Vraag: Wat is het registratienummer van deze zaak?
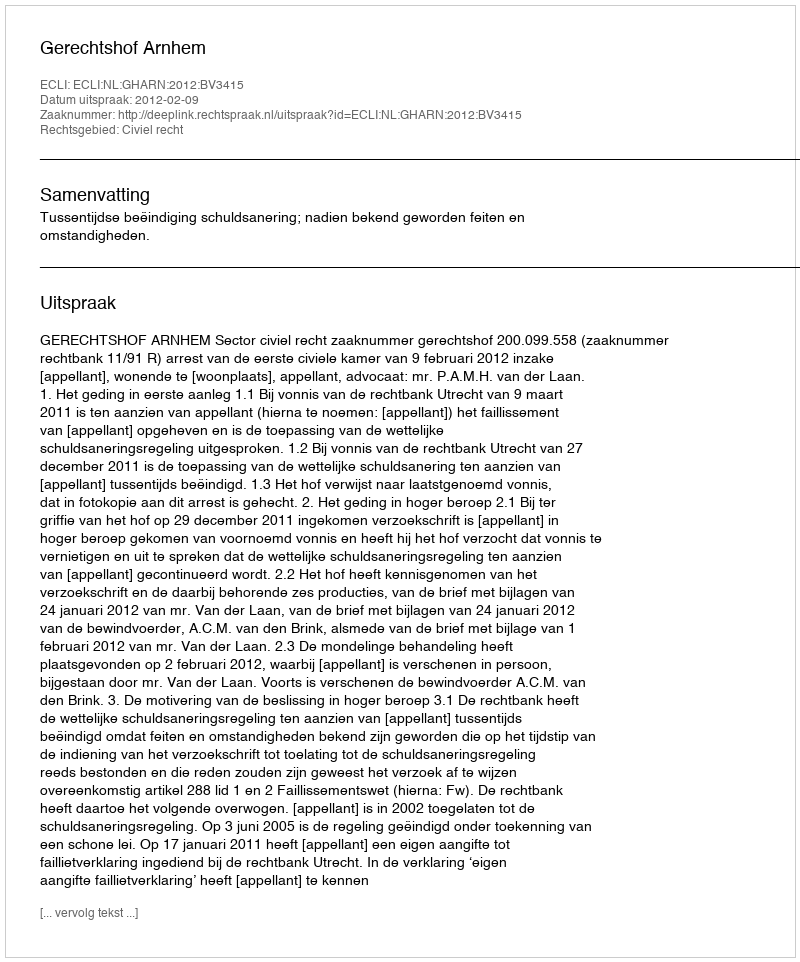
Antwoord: http://deeplink.rechtspraak.nl/uitspraak?id=ECLI:NL:GHARN:2012:BV3415